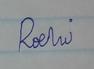
Signature authenticity: forged